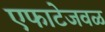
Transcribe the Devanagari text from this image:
एफाटेजवळ